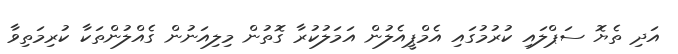
އަދި ތެޔޮ ސަޕްލައި ކުރުމުގައި އެމްޕީއެލުން އަމަލުކުރާ ގޮތުން މިލިއަނުން ގެއްލުންތަކާ ކުރިމަތިވާ